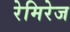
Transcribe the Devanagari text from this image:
रेमिरेज